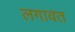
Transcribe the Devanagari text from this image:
लगावत